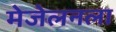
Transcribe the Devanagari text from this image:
मेजेलनला